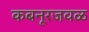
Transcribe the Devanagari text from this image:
कबनूरजवळ